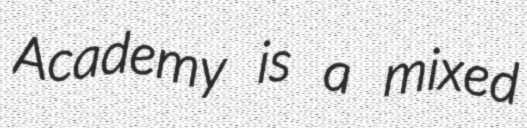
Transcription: Academy is a mixed